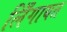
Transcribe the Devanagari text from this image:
लिँगायत